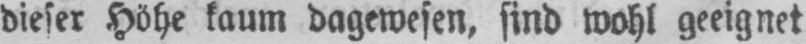
dieser Höhe kaum dagewesen, sind wohl geeignet